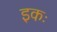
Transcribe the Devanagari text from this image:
इकः